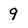
Character: 9